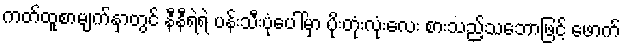
ကတ်ထူစာမျက်နှာတွင် နီနီရဲရဲ ပန်းသီးပုံပေါ်မှာ ပိုးတုံးလုံးလေး စားသည့်သဘောဖြင့် ဖောက်